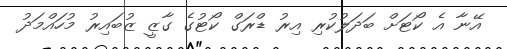
އޭނާ އެ ކޯޓަށް ބަދަލުކުރި އިރު ޑްރަގް ކޯޓުގެ ގާޒީ ޒުބައިރު މުހައްމަދު